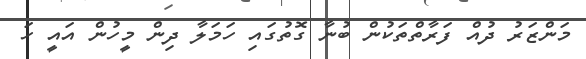
މަންޒަރު ދުއް ފަރާތްތަކުން ބުނާ ގޮތުގައި ހަމަލާ ދިން މީހުން އައީ ހަ